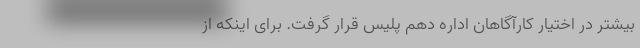
بیشتر در اختیار کارآگاهان اداره دهم پلیس قرار گرفت. برای اینکه از